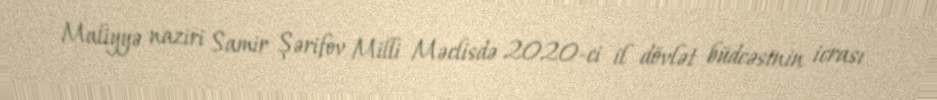
Maliyyə naziri Samir Şərifov Milli Məclisdə 2020-ci il dövlət büdcəsinin icrası